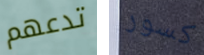
تدعهم كسور